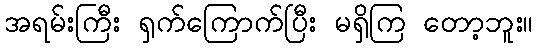
အရမ်းကြီး ရှက်ကြောက်ပြီး မရှိကြ တော့ဘူး။